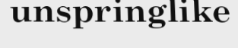
unspringlike